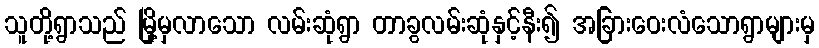
သူတို့ရွာသည် မြို့မှလာသော လမ်းဆုံရွာ တာခွလမ်းဆုံနှင့်နီး၍ အခြားဝေးလံသောရွာများမှ